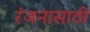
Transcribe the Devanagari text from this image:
रंजनासाठी